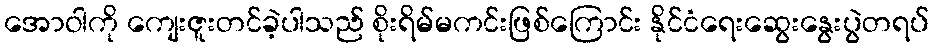
အောဝါကို ကျေးဇူးတင်ခဲ့ပါသည် စိုးရိမ်မကင်းဖြစ်ကြောင်း နိုင်ငံရေးဆွေးနွေးပွဲတရပ်